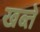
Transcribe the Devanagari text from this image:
खब्ते